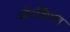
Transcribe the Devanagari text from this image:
मोरशिका